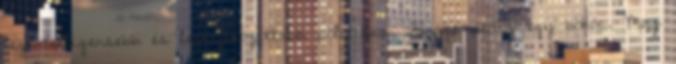
legintelligensebb és legtájékozottabb politikus. Farage pedig egy bohóc. May